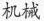
机械